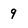
Character: 9